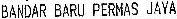
BANDAR BARU PERMAS JAYA